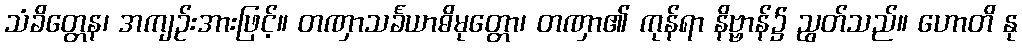
သံခိတ္တေန၊ အကျဉ်းအားဖြင့်။ တဏှာသင်္ခယာဓိမုတ္တော၊ တဏှာ၏ ကုန်ရာ နိဗ္ဗာန်၌ ညွတ်သည်။ ဟောတိ နု